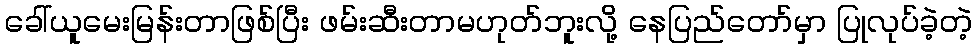
ခေါ်ယူမေးမြန်းတာဖြစ်ပြီး ဖမ်းဆီးတာမဟုတ်ဘူးလို့ နေပြည်တော်မှာ ပြုလုပ်ခဲ့တဲ့